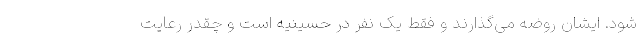
شود. ایشان روضه می‌گذارند و فقط یک نفر در حسینیه است و چقدر رعایت